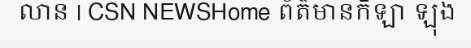
លាន | CSN NEWSHome ព័ត៌មានកីឡា ឡុង